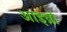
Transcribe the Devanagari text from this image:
आइब्रो